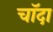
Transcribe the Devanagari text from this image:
चाॅदा